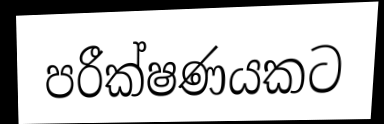
පරීක්ෂණයකට